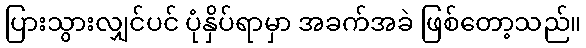
ပြားသွားလျှင်ပင် ပုံနှိပ်ရာမှာ အခက်အခဲ ဖြစ်တော့သည်။